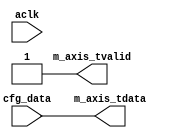

`timescale 1 ns / 1 ps

module axis_constant #
(
  parameter integer AXIS_TDATA_WIDTH = 32
)
(
  // System signals
  input  wire                        aclk,

  input  wire [AXIS_TDATA_WIDTH-1:0] cfg_data,

  // Master side
  output wire [AXIS_TDATA_WIDTH-1:0] m_axis_tdata,
  output wire                        m_axis_tvalid
);

  assign m_axis_tdata = cfg_data;
  assign m_axis_tvalid = 1'b1;

endmodule